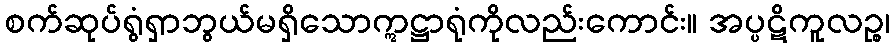
စက်ဆုပ်ရွံရှာဘွယ်မရှိသောဣဋ္ဌာရုံကိုလည်းကောင်း။ အပ္ပဋိကူလဉ္စ၊